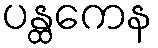
ပန္ထကေန